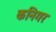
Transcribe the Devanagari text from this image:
कनिगर